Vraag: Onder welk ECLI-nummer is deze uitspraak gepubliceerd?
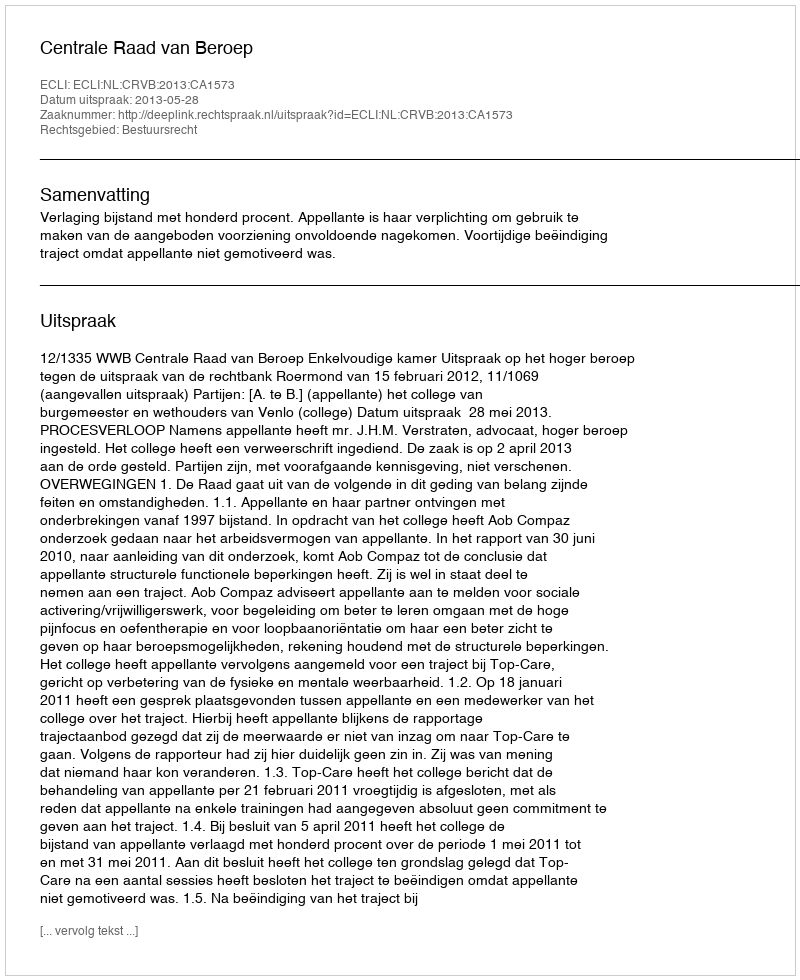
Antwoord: ECLI:NL:CRVB:2013:CA1573